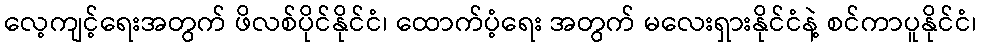
လေ့ကျင့်ရေးအတွက် ဖိလစ်ပိုင်နိုင်ငံ၊ ထောက်ပံ့ရေး အတွက် မလေးရှားနိုင်ငံနဲ့ စင်ကာပူနိုင်ငံ၊